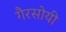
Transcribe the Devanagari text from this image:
गैरसोयी